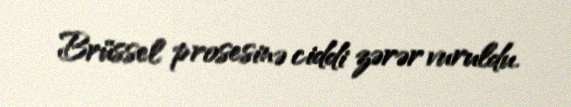
Brüssel prosesinə ciddi zərər vuruldu.